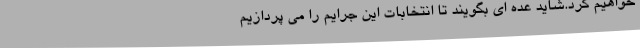
خواهیم کرد.شاید عده ای بگویند تا انتخابات این جرایم را می پردازیم